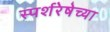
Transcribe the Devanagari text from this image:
स्पर्शरेषेच्या